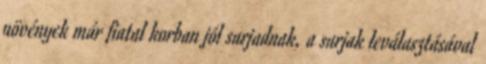
növények már fiatal korban jól sarjadnak, a sarjak leválasztásával